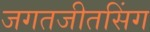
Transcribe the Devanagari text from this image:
जगतजीतसिंग